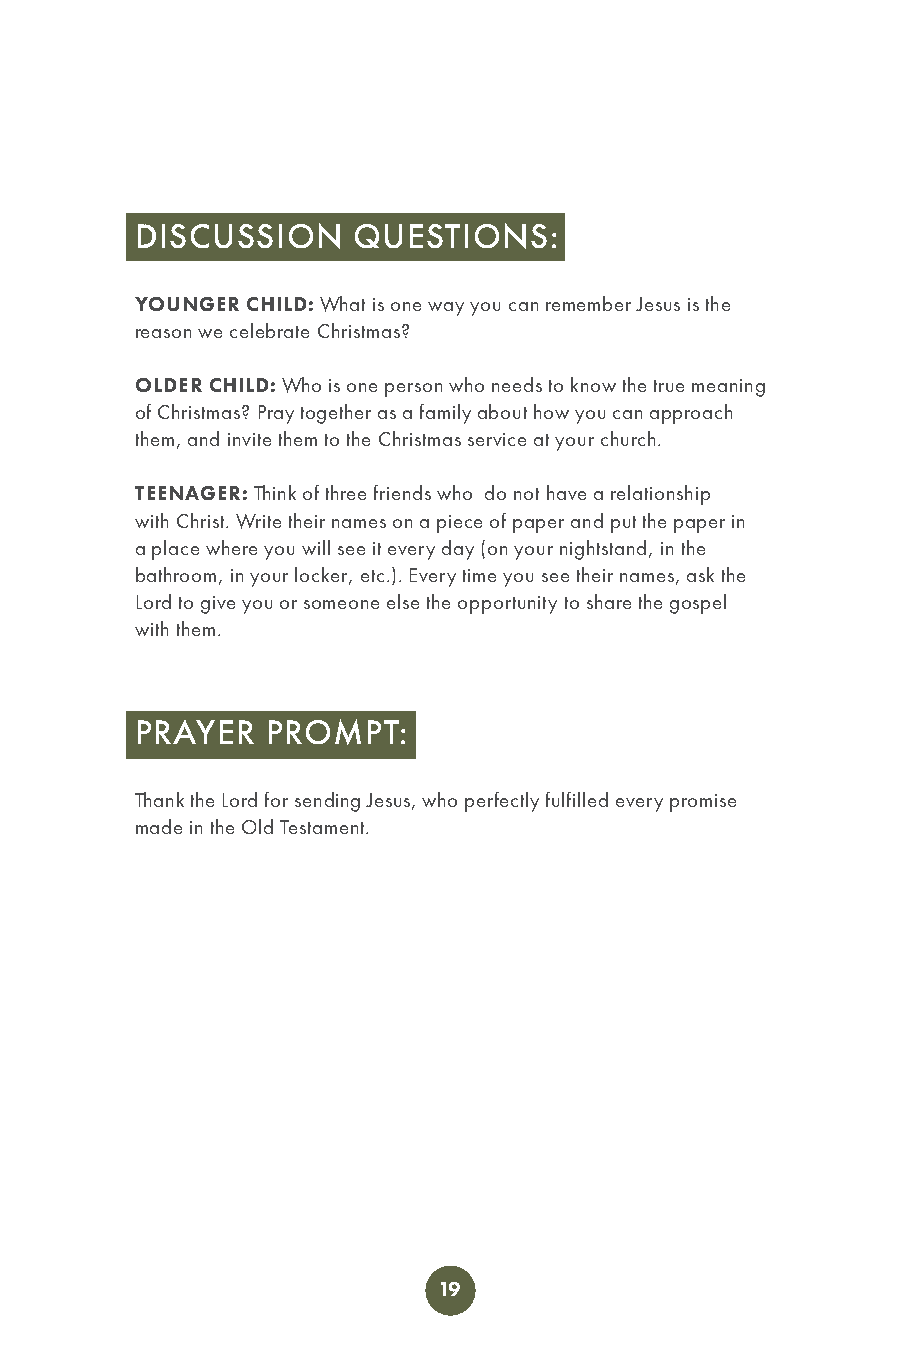
DISCUSSION    QUESTIONS:
 YOUNGER CHILD: What is one way you can remember Jesus is the
 reason we celebrate Christmas?
 OLDER CHILD: Who is one person who needs to know the true meaning
 of Christmas? Pray together as a family about how you can approach
 them, and invite them to the Christmas service at your church.
 TEENAGER: Think of three friends who do not have a relationship
 with Christ. Write their names on a piece of paper and put the paper in
 a place where you will see it every day (on your nightstand, in the
 bathroom, in your locker, etc.). Every time you see their names, ask the
 Lord to give you or someone else the opportunity to share the gospel
 with them.
 PRAYER   PROMPT:
 Thank the Lord for sending Jesus, who perfectly fulfilled every promise
 made in the Old Testament.
 19